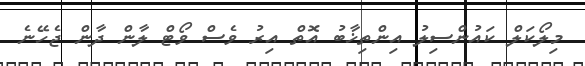
މިލޯކަލް ކައުންސިލު އިންތިޚާބު އޮތް އިރު ވެސް ވޯޓް ލާން ދާން ޖެހޭނެ